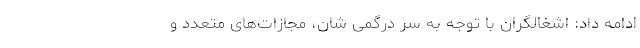
ادامه داد: اشغالگران با توجه به سر درگمی شان، مجازات‌های متعدد و